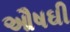
ઔષઘી